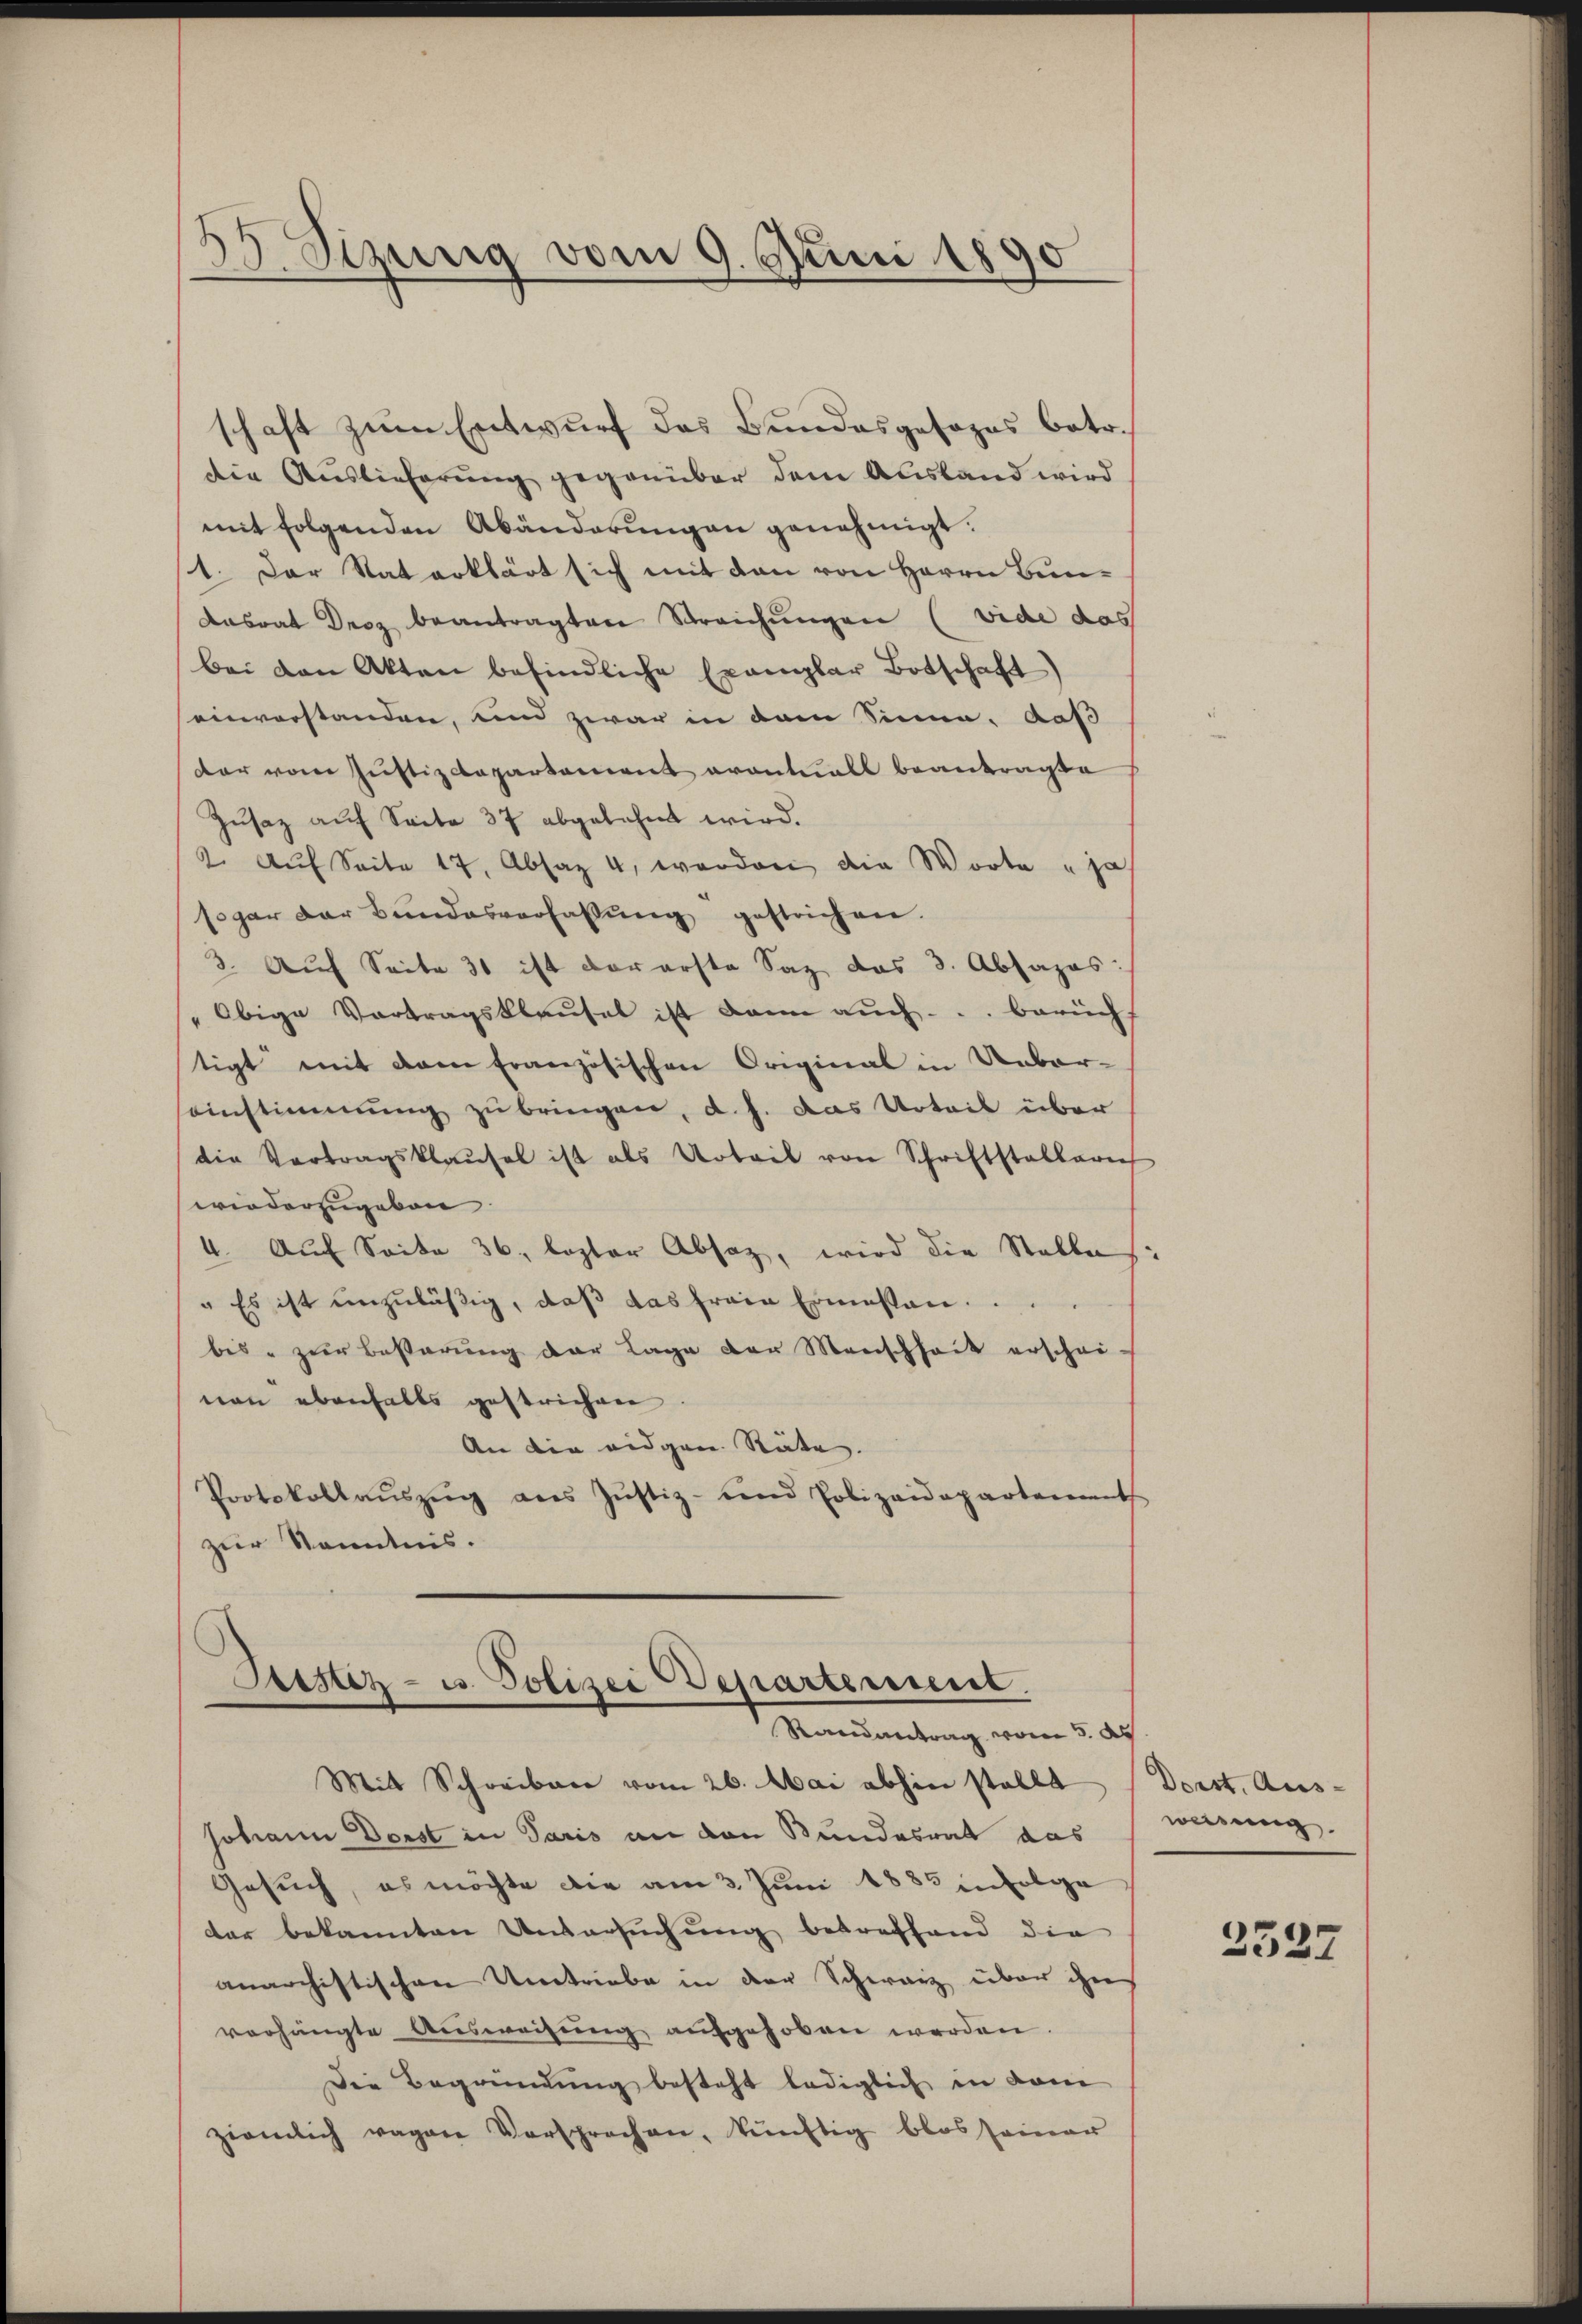
35 Sizung vom 9. Juni 1890

schaft zum Entwurf das Bundesgesezes betr.
die Auslieferung gegenüber dem Ausland wird
mit folgenden Abänderŭngen genehmigt.
1. Der Rat erklärt sich mit den von Herrn Bun¬
Dasrat Droz beantragten Streichungen (vide das
bei den Akten befindliche Exemplar Botschaft)
einverstanden, und zwar in dem Sinne, daß
dar vom Justizdepartement avantuell beantragte
Zŭsaz auf Seite 37 abgelehnt wird.
2. Aŭf Seite 17, Absaz 4, worden die Worte u ja
sogar der Bundesverfassŭng gestrichen.
3. Auf Seite 31 ist vorerste Saz das 3. Absazas:
Obige Vortragsklausel ist dann aŭch ... berüch
tigt mit dem französischen Original in Ueber-
einstimmung zu bringen, d. h. das Urteil über
die Vertragsklaŭsel ist als Urteil von Schriftstallari
wiederzugeben
4. Auf Seite 36. loster Absaz, wird die Stellens-
" Es ist unzuläßig, daß das freie Ermessen
bis zur Besterung der Lage der Menschheit erschei-
non ebenfalls gestrichen
An die eidgen. Stäte.
Protokollaŭszŭg ans Jŭstiz- und Polizeidepartement
zur Kenntnis.

Sistiz- u. Polizei Departement.
Randantrag vom 5. d.

Mit Schreibare vom 26. Mai abhin stellt
Johann Dorst in Paris an den Bundesrat das
Gesuch, es möchte die am 3. Juni 1883 infolge
der bekannten Untersuchung betreffend die
anarchistischen Umtriebe in der Schwarz über ihn
verhängte Aŭsweisŭng aŭfgehoben werden.
Die Begründung besteht lediglich in dam
ziemlich ragen Versprechen, künftig blos seiner

Dorst, Aus-
weisung.

3527